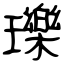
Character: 瓅